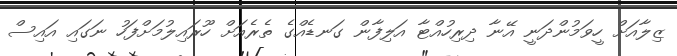
ޒިލާއަށް ހީވަމުންދަނީ އޭނާ ދިރިހުއްޓާ އަލިފާން ގަނޑެއްގެ ތެރެއަށް ހޫރައިލުމަށްފަހު ނަގައި އައިސް